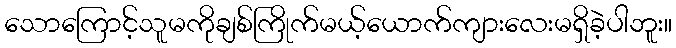
သောကြောင့်သူမကိုချစ်ကြိုက်မယ့်ယောက်ကျားလေးမရှိခဲ့ပါဘူး။